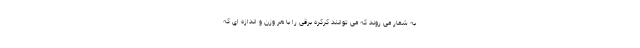
به شمار می روند که می توانند کرکره برقی را با هر وزن و اندازه ای که